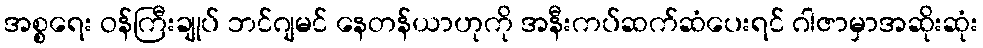
အစ္စရေး ဝန်ကြီးချုပ် ဘင်ဂျမင် နေတန်ယာဟုကို အနီးကပ်ဆက်ဆံပေးရင် ဂါဇာမှာအဆိုးဆုံး